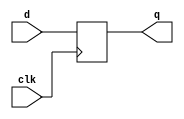
/*
Computer Architecture Lab 2 - 08-01-2018
	Assignment : Floating Point Multiplier
	Module : D Flip Flop
		-- Eshita Arza	(COE15B013)
		-- Akshay Kumar	(CED15I031)
*/

module diff(d, q, clk);

	input d, clk;
	output q;
	reg q;

	always@ (posedge clk)
	begin
		q <= d;
	end

endmodule // diff